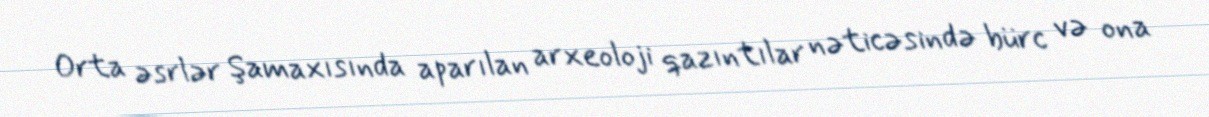
Orta əsrlər Şamaxısında aparılan arxeoloji qazıntılar nəticəsində bürc və ona